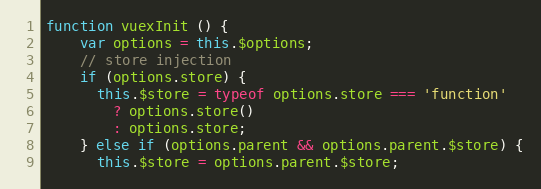
Language: JavaScript
function vuexInit () {
    var options = this.$options;
    // store injection
    if (options.store) {
      this.$store = typeof options.store === 'function'
        ? options.store()
        : options.store;
    } else if (options.parent && options.parent.$store) {
      this.$store = options.parent.$store;